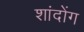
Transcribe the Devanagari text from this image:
शांदोंग